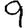
Digit: 9